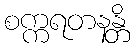
စက္ကရတနန္တိ